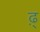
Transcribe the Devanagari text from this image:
ढ़्